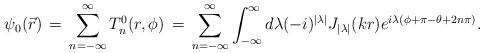
LaTeX: \begin{align*}\psi_0(\vec r)\,=\,\sum_{n=-\infty}^{\infty} T_{n}^{0}(r, \phi)\,=\,\sum_{n=-\infty}^{\infty} \int_{-\infty}^{\infty} d\lambda (-i)^{|\lambda|}J_{|\lambda|}(kr) e^{i\lambda (\phi + \pi - \theta + 2n\pi)}.\end{align*}